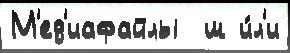
М'ед'иафайлы  ш и́л'и